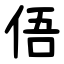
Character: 俉